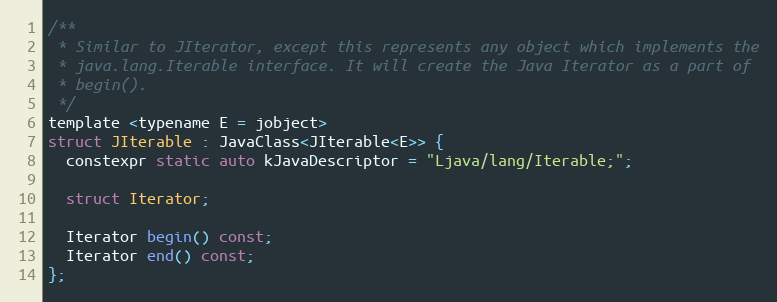
Language: C
/**
 * Similar to JIterator, except this represents any object which implements the
 * java.lang.Iterable interface. It will create the Java Iterator as a part of
 * begin().
 */
template <typename E = jobject>
struct JIterable : JavaClass<JIterable<E>> {
  constexpr static auto kJavaDescriptor = "Ljava/lang/Iterable;";

  struct Iterator;

  Iterator begin() const;
  Iterator end() const;
};